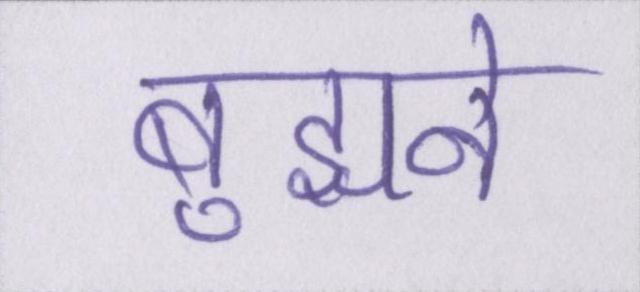
बुझने